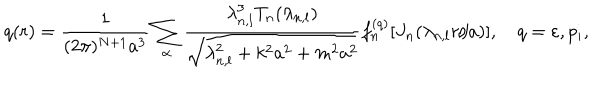
q ( r ) = \frac { 1 } { ( 2 \pi ) ^ { N + 1 } a ^ { 3 } } \sum _ { { \bf \alpha } } \frac { \lambda _ { n , l } ^ { 3 } T _ { n } ( \lambda _ { n , l } ) } { \sqrt { \lambda _ { n , l } ^ { 2 } + k ^ { 2 } a ^ { 2 } + m ^ { 2 } a ^ { 2 } } } f _ { n } ^ { ( q ) } [ J _ { n } ( \lambda _ { n , l } r / a ) ] , \quad q = \varepsilon , p _ { i } ,